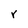
Character: r